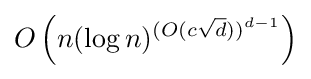
O\left(n(\log n)^{(O(c{\sqrt {d}}))^{d-1}}\right)